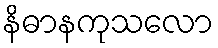
နိဓာနကုသလော